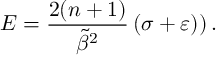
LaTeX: E = \frac { 2 ( n + 1 ) } { \tilde { \beta } ^ { 2 } } \left( \sigma + \varepsilon ) \right) .